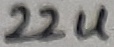
Text: 22u